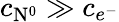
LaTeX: c_{\mathrm{N}^{0}}\gg c_{e^{-}}